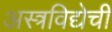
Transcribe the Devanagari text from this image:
अस्त्रविद्येची